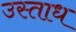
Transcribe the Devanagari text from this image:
उस्ताध